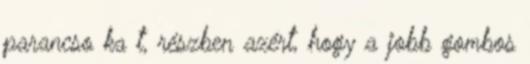
parancso ka t, részben azért, hogy a jobb gombos